Annual report of the Imperial Bacteriologist
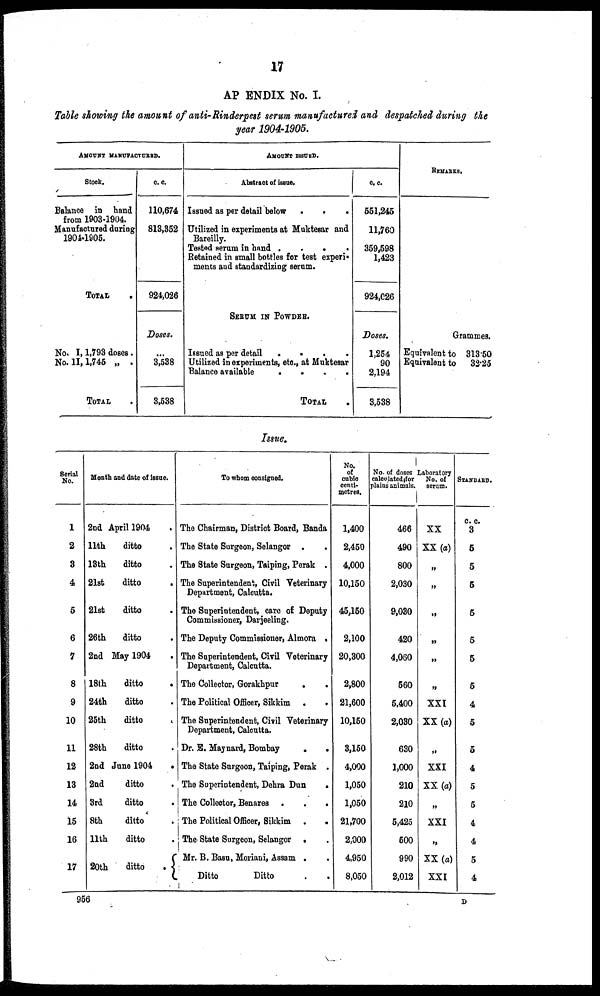
17
APPENDIX No. I.
Table showing the amount of anti-Rinderpest serum manufactured and despatched during the
year 1904-1905.
AMOUNT MANUFACTURED.
Stock.
Balance in hand
from 1903-1904.
Manufactured during
1901-1905.
TOTAL .
No. I, 1,793 doses.
No. II, 1,745 „ .
TOTAL .
c. c.
110,674
813,352
924,026
Doses.
...
3,538
3,538
AMOUNT ISSUED.
Abstract of issue.
Issued as per detail below .
.
.
Utilized in experiments at Muktesar and
Bareilly.
Tested serum in hand .
.
.
.
Retained in small bottles for test experi-
ments and standardizing serum.
SERUM IN POWDER.
Issued as per detail
. . . .
Utilized in experiments, etc., at Muktesar
Balance available
.
.
.
.
TOTAL .
c. c.
551,245
11,760
359,598
1,423
924,026
Doses.
1,254
90
2,194
3,538
REMARKS.
Grammes.
Equivalent to 313.50
Equivalent to 32.25
Issue.
Serial
No.
1
2
3
4
5
6
7
8
9
10
11
12
13
14
15
16
17
Month and date of issue.
2nd April 1904
11th
ditto .
13th
ditto .
21st
ditto .
21st
ditto .
26th
ditto .
2nd May 1904 .
18th
ditto .
24th
ditto .
25th
ditto .
28th
ditto .
2nd June 1904 .
2nd
ditto .
3rd
ditto .
8th
ditto .
11th
ditto .
20th
ditto
. {
To whom consigned.
The Chairman, District Board, Banda
The State Surgeon, Selangor . .
The State Surgeon, Taiping, Perak .
The Superintendent, Civil Veterinary
Department, Calcutta.
The Superintendent, care of Deputy
Commissioner, Darjeeling.
The Deputy Commissioner, Almora .
The Superintendent, Civil Veterinary
Department, Calcutta.
The Collector, Gorakhpur . .
The Political Officer, Sikkim . .
The Superintendent, Civil Veterinary
Department, Calcutta.
Dr. E. Maynard, Bombay
.
.
The State Surgeon, Taiping, Perak .
The Superintendent, Dehra Dun
.
The Collector, Benares . . .
The Political Officer, Sikkim . .
The State Surgeon, Selangor . .
Mr. B. Basu, Moriani, Assam . .
Ditto
Ditto . .
No.
of
cubic
centi-
metres.
1,400
2,450
4,000
10,150
45,150
2,100
20,300
2,800
21,600
10,150
3,150
4,000
1,050
1,050
21,700
2,000
4,950
8,050
No. of doses
calculated for
plains animals.
466
490
800
2,030
9,030
420
4,060
560
5,400
2,030
630
1,000
210
210
5,425
500
990
2,012
Laboratory
No. of
serum.
XX
XX (a)
„
„
„
„
„
„
XXI
XX (a)
„
XXI
XX (a)
„
XXI
„
XX (a)
XXI
STANDARD.
c. c.
3
5
5
5
5
5
5
5
4
5
5
4
5
5
4
4
5
4
956
D